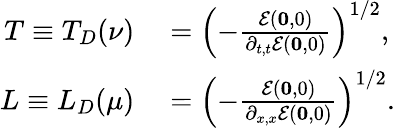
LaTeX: \begin{array}{rl}{T\equiv T_{D}(\nu)}&{{}=\left(-\frac{\mathcal{E}(\mathbf{0},0)}{\partial_{t,t}\mathcal{E}(\mathbf{0},0)}\right)^{1/2},}\\ {L\equiv L_{D}(\mu)}&{{}=\left(-\frac{\mathcal{E}(\mathbf{0},0)}{\partial_{x,x}\mathcal{E}(\mathbf{0},0)}\right)^{1/2}.}\end{array}